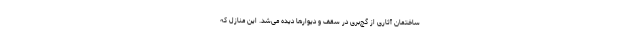
ساختمان آثاری از گچ‌بری در سقف و دیوارها دیده می‌شد. این منازل که